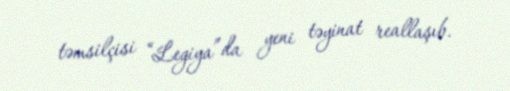
təmsilçisi “Legiya”da yeni təyinat reallaşıb.